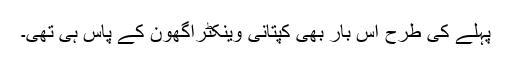
پہلے کی طرح اس بار بھی کپتانی وینکٹراگھون کے پاس ہی تھی۔